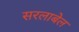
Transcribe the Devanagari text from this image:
सरलाबेल